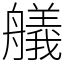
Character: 艤